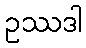
ဥဿဒါ